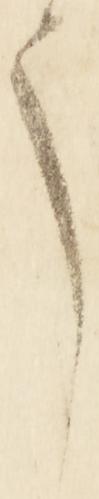
う